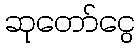
ဆုတော်ငွေ